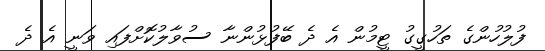
ފުލުހުންގެ ތަހުގީގު ޓީމުން އެ ދެ ބޭފުޅުންނާ ސުވާލުކޮށްފައި ވަނީ އެ ދެ